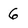
Character: 6